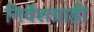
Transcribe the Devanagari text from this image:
निर्देशग्राही